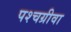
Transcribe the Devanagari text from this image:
पश्चग्रीवा